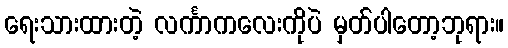
ရေးသားထားတဲ့ လင်္ကာကလေးကိုပဲ မှတ်ပါတော့ဘုရား။